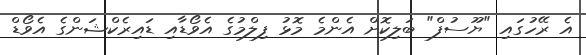
އެ ރޭހުގައި "ޔޫސުފް" ބަލިކޮށް އެންމެ މޮޅު ފިލްމުގެ އެވޯޑާއި ޑައިރެކްޝަންގެ އެވޯޑް